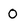
Character: 0